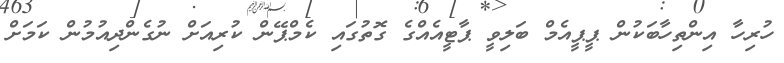
ހުރިހާ އިންތިހާބަކުން ޕީޕީއެމް ބަލިވީ ޕާޓީއެއްގެ ގޮތުގައި ކެމްޕޭން ކުރިއަށް ނުގެންދިއުމުން ކަމަށް